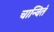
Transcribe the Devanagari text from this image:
चान्वितं